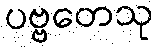
ပဗ္ဗတေသု